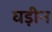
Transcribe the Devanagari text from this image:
घड़ीन